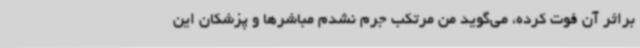
براثر آن فوت کرده، می‌گوید من مرتکب جرم نشدم مباشرها و پزشکان این